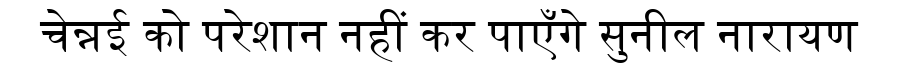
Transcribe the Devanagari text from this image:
चेन्नई को परेशान नहीं कर पाएँगे सुनील नारायण